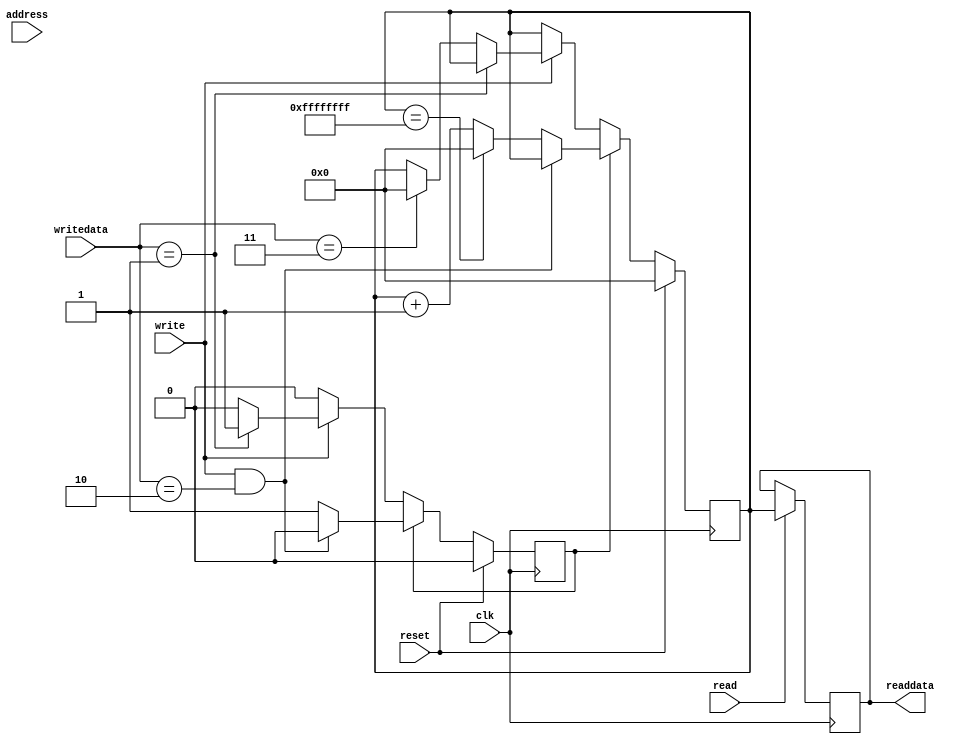
/*
 * Mini Project 6
 * Timer
 * Colin Grundey & Wes Hirsheimer
 *
 * Start timer: write=1 writedata=1
 * Stop timer: write=1 writedata=2
 * Reset timer: write=1 writedata=3
 * Read timer: read=1 readdata=output
 */

module timer_mp6(clk, address, reset, write, writedata, read, readdata);
	/* Avalon MM signals */
	input clk, reset, write, read;
	input [7:0] address;
	input [31:0] writedata;
	output reg [31:0] readdata;

	reg [31:0] timer_count; /* Holds timer value */
	reg t_state; /* State of timer */

	parameter START = 1'b1, STOP = 1'b0; /* Timer states */

	always @ ( posedge clk ) begin

		if (reset) begin /* Global reset */
			t_state <= STOP; // Initialize to stopped state
			timer_count <= 32'h00000000; // Timer value intialized to 0
		end
		/* Timer STARTED */
		else if (t_state == START) begin
			/* Stop Timer */
			if (write && writedata == 2) t_state <= STOP;
			else begin
				/* Overflow Roll over */
				if (timer_count == 32'hFFFFFFFF) timer_count <= 32'h00000000;
				/* Increment Timer */
				else timer_count <= timer_count + 1;
			end
		end
		/* Timer STOPPED */
		else if (t_state == STOP) begin
			if (write) begin
				/* Start Timer */
				if (writedata == 1) t_state <= START;
				/* Reset Timer */
				else if (writedata == 3) timer_count <= 32'h00000000;
			end
		end
		/* READ Timer */
		if (read) readdata <= timer_count;

	end

endmodule